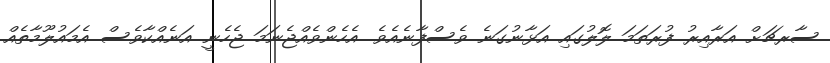
ސާރޗަށް އަރާއިރު ފުރަތަމަ ލޮލުގައި އަޅާނުގަނެ ވެސްފާނެއެވެ. އެހެންވެއްޖެނަމަ ޖެހެނީ އަނެއްކާވެސް އެމައުލޫމާތެއް